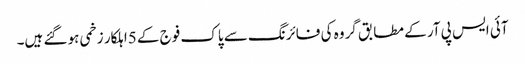
آئی ایس پی آر کے مطابق گروہ کی فائرنگ سے پاک فوج کے 5اہلکار زخمی ہو گئے ہیں۔